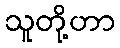
သူတို့ဟာ